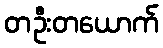
တဦးတယောက်